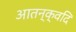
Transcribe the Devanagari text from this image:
आतन्क्वदि